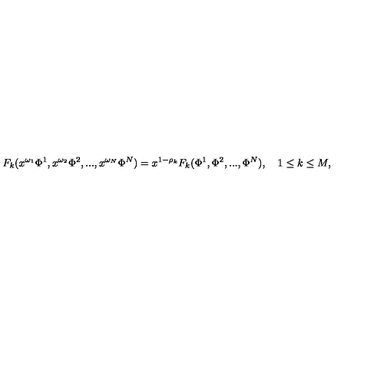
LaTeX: F _ { k } ( x ^ { \omega _ { 1 } } \Phi ^ { 1 } , x ^ { \omega _ { 2 } } \Phi ^ { 2 } , . . . , x ^ { \omega _ { N } } \Phi ^ { N } ) = x ^ { 1 - \rho _ { k } } F _ { k } ( \Phi ^ { 1 } , \Phi ^ { 2 } , . . . , \Phi ^ { N } ) , \quad 1 \le k \le M ,